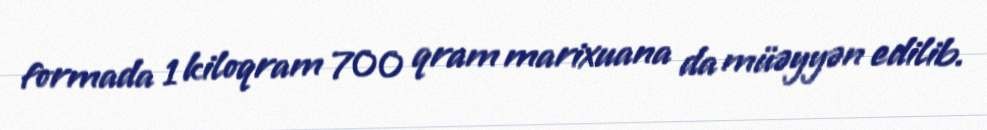
formada 1 kiloqram 700 qram marixuana da müəyyən edilib.